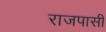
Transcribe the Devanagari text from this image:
राजपासी